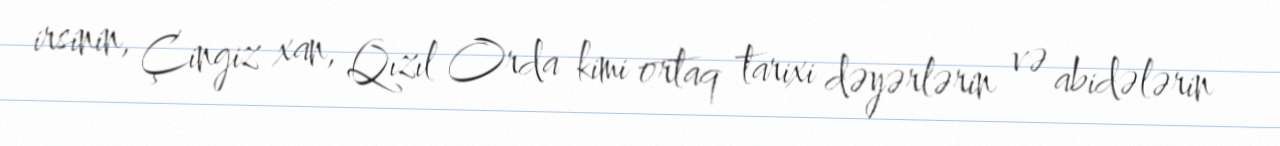
irsinin, Çingiz xan, Qızıl Orda kimi ortaq tarixi dəyərlərin və abidələrin